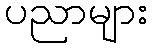
ပညာများ